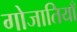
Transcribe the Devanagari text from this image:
गोजातियाँ